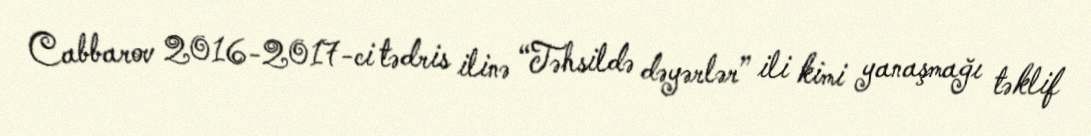
Cabbarov 2016-2017-ci tədris ilinə “Təhsildə dəyərlər” ili kimi yanaşmağı təklif